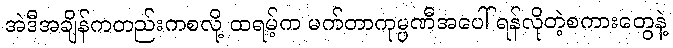
အဲဒီအချိန်ကတည်းကစလို့ ထရမ့်က မက်တာကုမ္ပဏီအပေါ် ရန်လိုတဲ့စကားတွေနဲ့